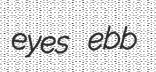
eyes ebb